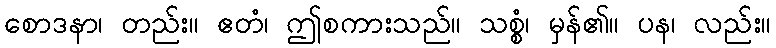
စောဒနာ၊ တည်း။ ဧတံ၊ ဤစကားသည်။ သစ္စံ၊ မှန်၏။ ပန၊ လည်း။